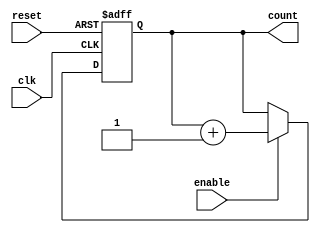
module RingCounter (
    input wire clk,
    input wire reset,
    input wire enable,
    output reg [N-1:0] count
);

parameter N = 4; // Specify number of bits for the counter

always @(posedge clk or posedge reset) begin
    if (reset) begin
        count <= 0;
    end else if (enable) begin
        count <= count + 1;
    end
end

endmodule